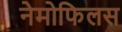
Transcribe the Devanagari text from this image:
नेमोफिलस